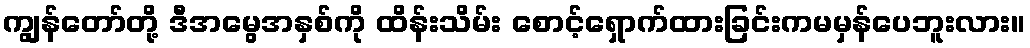
ကျွန်တော်တို့ ဒီအမွေအနှစ်ကို ထိန်းသိမ်း စောင့်ရှောက်ထားခြင်းကမမှန်ပေဘူးလား။